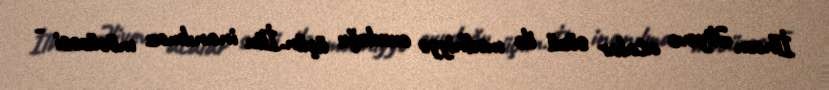
İlham Əliyevə atalar sözü ilə mədhiyyə oxuduğu üçün.İlin inanılmaz möcüzəsi -